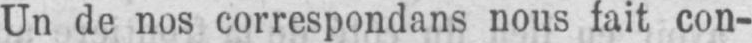
Un de nos correspondans nous fait con-